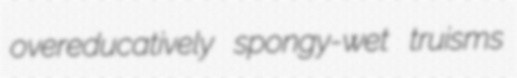
overeducatively spongy-wet truisms